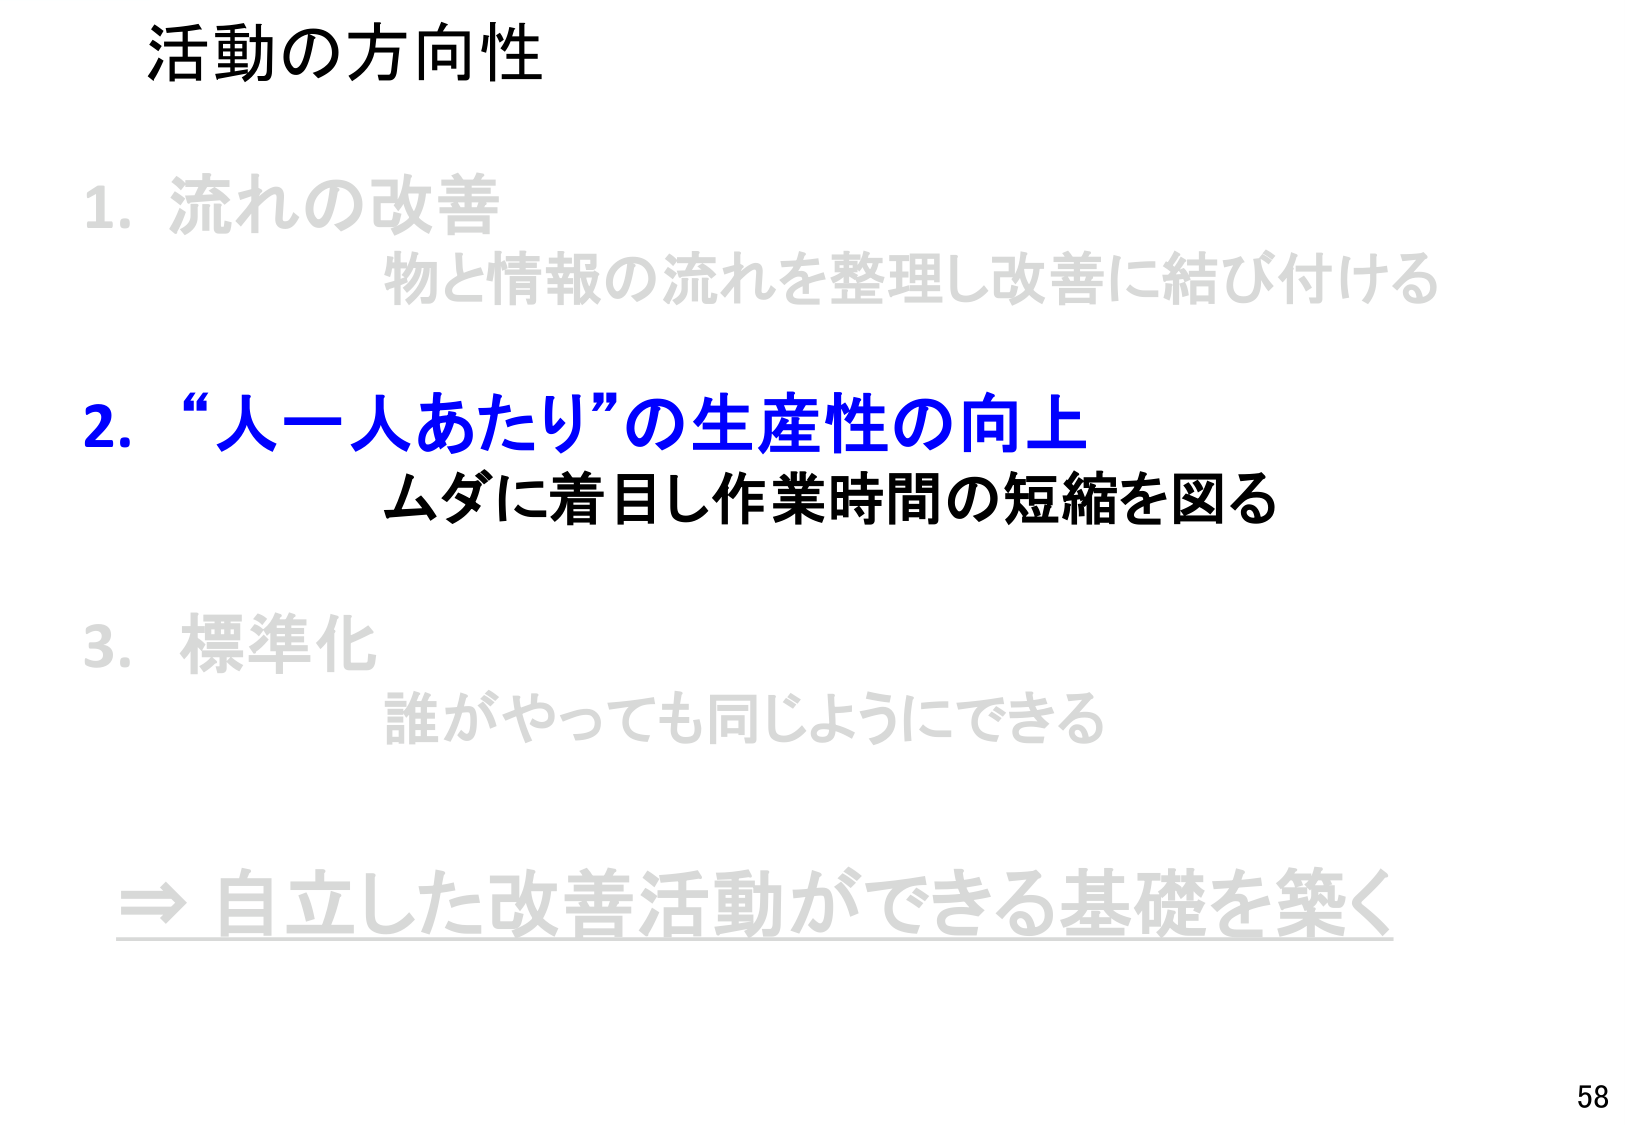
活動の方向性

1. 流れの改善
　物と情報の流れを整理し改善に結び付ける

2. “人一人あたり”の生産性の向上
　ムダに着目し作業時間の短縮を図る

3. 標準化
　誰がやっても同じようにできる

⇒ 自立した改善活動ができる基礎を築く

58